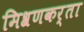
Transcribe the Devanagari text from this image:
मिश्रणकर्ता